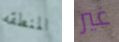
المنطقه غير